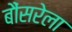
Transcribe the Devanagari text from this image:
बौंसरेला